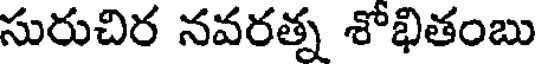
సురుచిర నవరత్న శోభితంబు